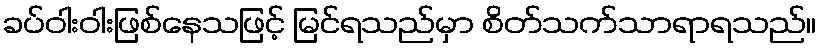
ခပ်ဝါးဝါးဖြစ်နေသဖြင့် မြင်ရသည်မှာ စိတ်သက်သာရာရသည်။